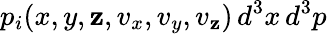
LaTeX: p_{i}(x,y,\mathbf{z},v_{x},v_{y},v_{\mathbf{z}})\, d^{3}x\, d^{3}p